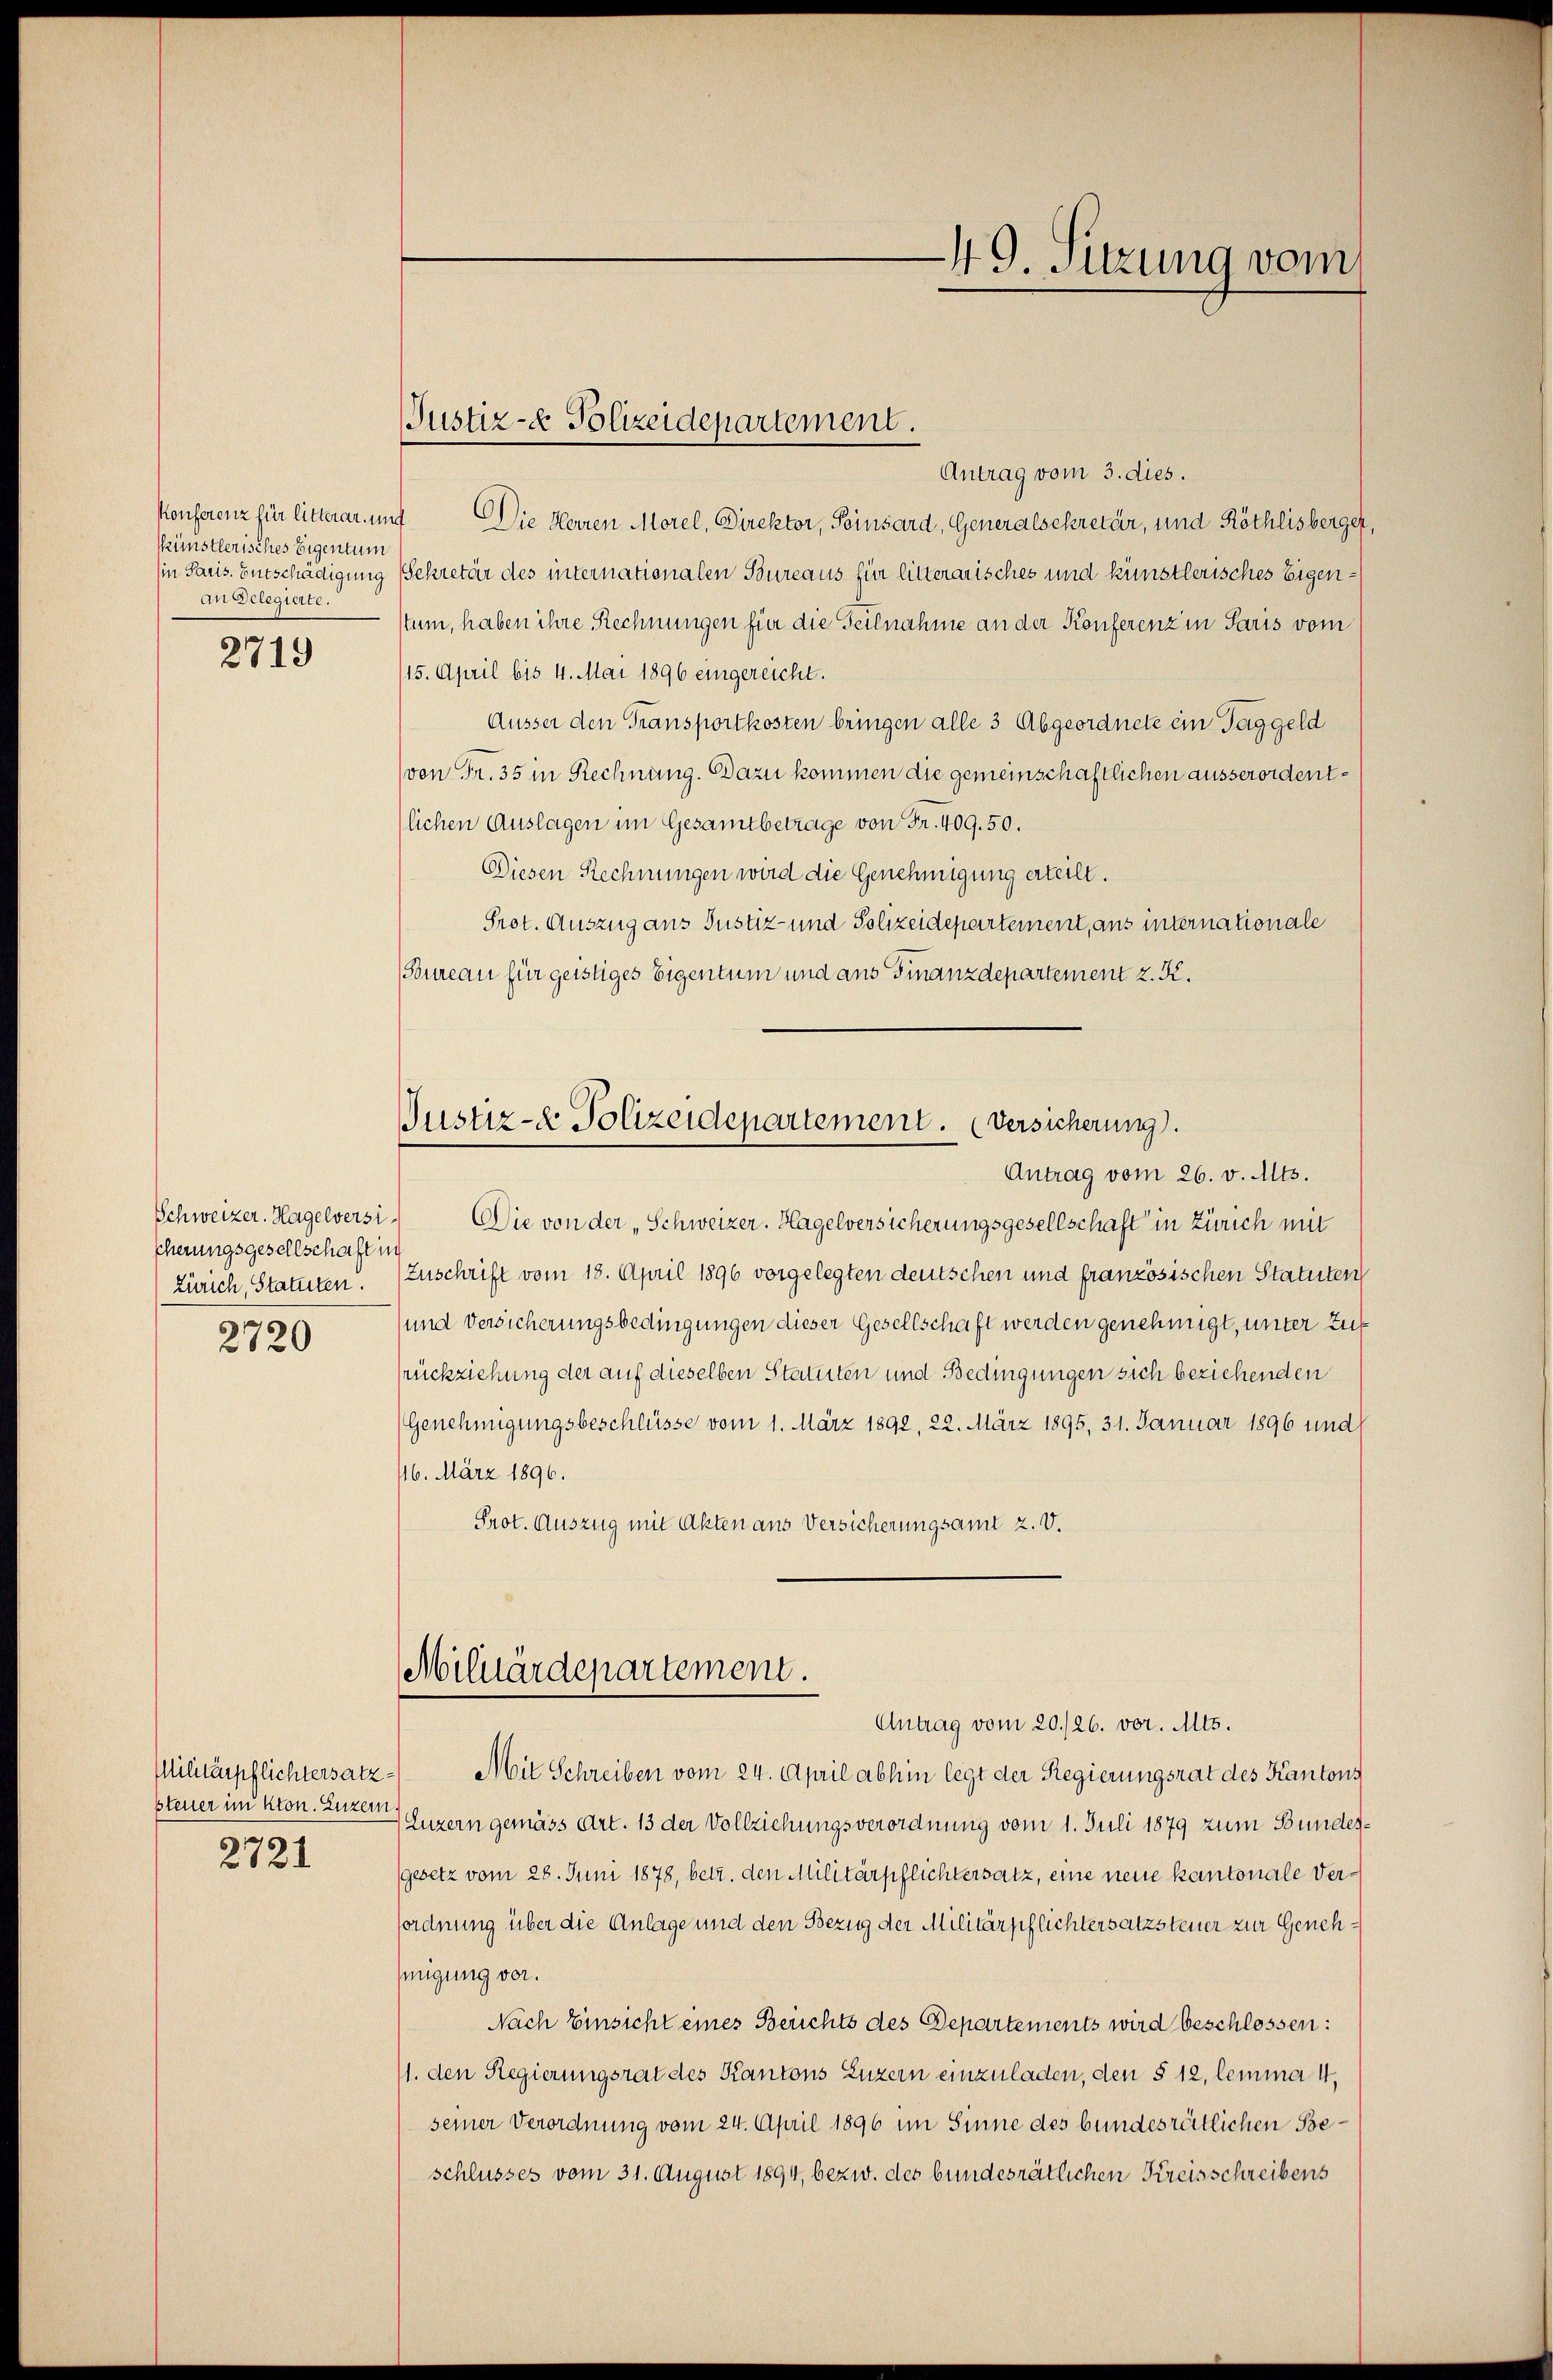
Künstlerisches Eigentum
An Delegierte.

2719

cherungsgesellschaft in
Zürich, Statuten.
2720

steuer im kton. Luzern.

2721

Antrag vom 3. dies.
Konferenz für litterar und Die Herren Morel, Direktor, Peinsard, Generalsekretär, und Röthlisberger,
in Paris. Entschädigung Sekretär des internationalen Bureaus für litterarisches und künstlerisches Eigenstum, haben ihre Rechnungen für die Teilnahme an der Konferenz in Paris vom
15. April bis 4. Mai 1896 eingereicht.
Äusser den Transportkosten bringen alle 3 Abgeordnete ein Taggeld
(von Fr. 35 in Rechnung. Dazu kommen die gemeinschaftlichen ausserordenttlichen Auslagen im Gesamtbetrage von Fr. 409. 50.
Diesen Rechnungen wird die Genehmigung erteilt.
Prot. Auszug aus Justiz- und Polizeidepartement, aus internationale
(Bureau für geistiges Eigentum und aus Finanzdepartement z. K.

Antrag vom 26. v. Mts.
Schweizer. Hagelversi. Die von der „Schweizer. Hagelversicherungsgesellschaft in Zürich mit
Zuschrift vom 18. April 1896 vorgelegten deutschen und französischen Statuten
(und Versicherungsbedingungen dieser Gesellschaft werden genehmigt, unter Zurückziehung der auf dieselben Statuten und Bedingungen sich beziehenden
(Genehmigungsbeschlüsse vom 1. März 1892, 22. März 1895, 31. Januar 1896 und
116. März 1896.
Prot. Auszug mit Akten aus Versicherungsamt z. V.

Justiz- & Polizeidepartement.

Justiz- & Polizeidepartement. (Versicherung.

Militärdepartement.
Antrag vom 20./26. vor. Mts.

Militärpflichtersatz - Mit Schreiben vom 24. April abhin legt der Regierungsrat des Kantons
Luzern gemäss Art. 13 der Vollziehungsverordnung vom 1. Juli 1879 zum Bundesgesetz vom 28. Juni 1878, betr. den Militärpflichtersatz, eine neue kantonale Versordnung über die Anlage und den Bezug der Militärpflichtersatzsteuer zur Genehhigung vor.
Nach Einsicht eines Berichts des Departements wird beschlossen:
11. den Regierungsrat des Kantons Luzern einzuladen, den § 12, lemma 4,
seiner Verordnung vom 24. April 1896 im Sinne des bundesrätlichen Beschlusses vom 31. August 1894, bezw. des bundesrätlichen Kreisschreibens

49. Sitzung vom